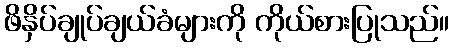
ဖိနှိပ်ချုပ်ချယ်ခံများကို ကိုယ်စားပြုသည်။